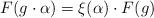
LaTeX: \begin{align*}F (g \cdot \alpha) = \xi (\alpha) \cdot F(g)\end{align*}